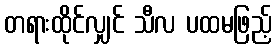
တရားထိုင်လျှင် သီလ ပထမဖြည့်